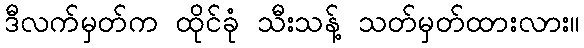
ဒီလက်မှတ်က ထိုင်ခုံ သီးသန့် သတ်မှတ်ထားလား။